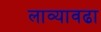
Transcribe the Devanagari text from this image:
लाव्यावढा